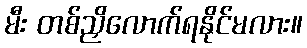
မီး တစ်ညှိလောက်ရနိုင်မလား။